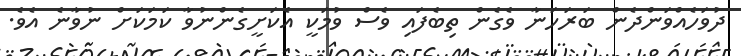
ދުވަހެއްވަންދެން ބަރަހަނާ ވެގެން ތިބެފައި ވެސް ވުމަކީ އެކަށީގެންނުވާ ކަމަކަށް ނުވާނެ އެވެ.